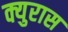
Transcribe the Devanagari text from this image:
क्युरास